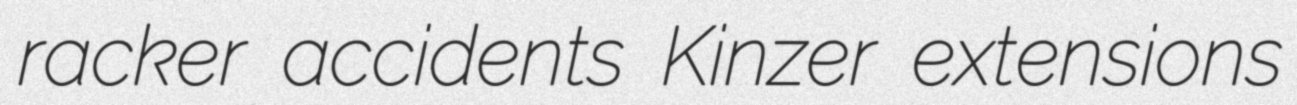
racker accidents Kinzer extensions